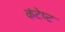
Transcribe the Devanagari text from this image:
कंटेप्ट